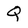
Character: Q